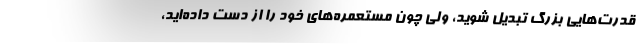
قدرت‌هایی بزرگ تبدیل شوید، ولی چون مستعمره‌های خود را از دست داده‌اید،